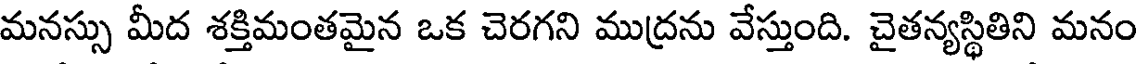
మనస్సు మీద శక్తిమంతమైన ఒక చెరగని ముద్రను వేస్తుంది. చైతన్యస్థితిని మనం